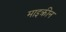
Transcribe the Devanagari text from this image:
माइक्रीन